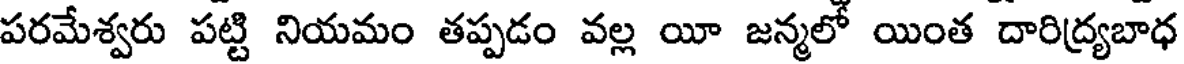
పరమేశ్వరు పట్టి నియమం తప్పడం వల్ల యీ జన్మలో యింత దారిద్యబాధ